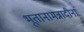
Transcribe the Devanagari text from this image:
भूतानामन्नादीनां